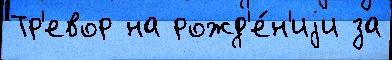
Тр'евор на рожд'е́н'иjи за